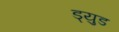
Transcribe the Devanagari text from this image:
ड्युड